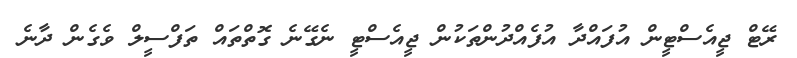
ރޭޓް ޖީއެސްޓީން އުފައްދާ އުފެއްދުންތަކުން ޖީއެސްޓީ ނެގޭނެ ގޮތްތައް ތަފްސީލް ވެގެން ދާނެ